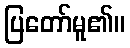
ပြတော်မူ၏။